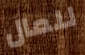
للمال